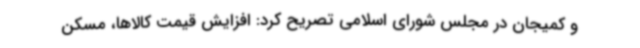
و کمیجان در مجلس شورای اسلامی تصریح کرد: افزایش قیمت کالاها، مسکن